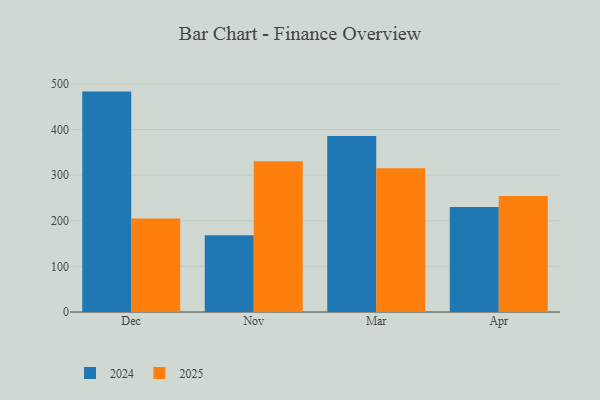
{"axis": {"x": "Month", "y": "Budget (USD K)"}, "legend": ["2024", "2025"], "data": [{"x": "Dec", "y": 483.2, "type": "2024"}, {"x": "Dec", "y": 204.9, "type": "2025"}, {"x": "Nov", "y": 168.2, "type": "2024"}, {"x": "Nov", "y": 330.4, "type": "2025"}, {"x": "Mar", "y": 385.8, "type": "2024"}, {"x": "Mar", "y": 315.3, "type": "2025"}, {"x": "Apr", "y": 230.2, "type": "2024"}, {"x": "Apr", "y": 254.3, "type": "2025"}]}